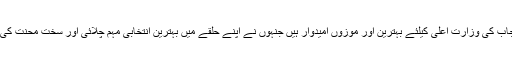
یہ تصاویر سامنے آنے کے بعد سوشل میڈیا صارفین کا کہنا ہے کہ ڈاکٹر یاسمین راشد پنجاب کی وزارت اعلیٰ کیلئے بہترین اور موزوں امیدوار ہیں جنہوں نے اپنے حلقے میں بہترین انتخابی مہم چلائی اور سخت محنت کی تاہم سیٹ لینے میں ناکام رہیں مگر اپنے حلقے کے لوگوں کے دل ضرور جیت چکی ہیں۔